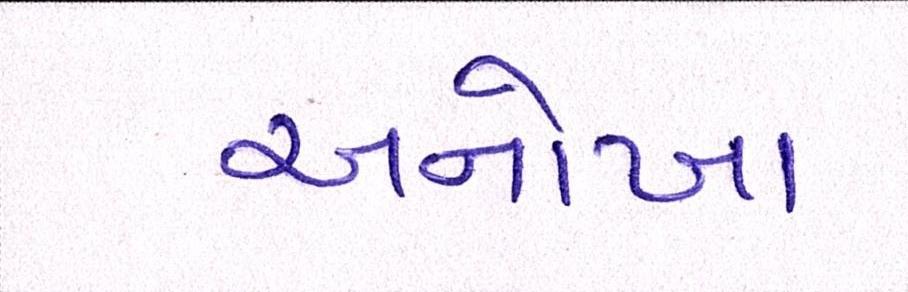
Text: અનોખા